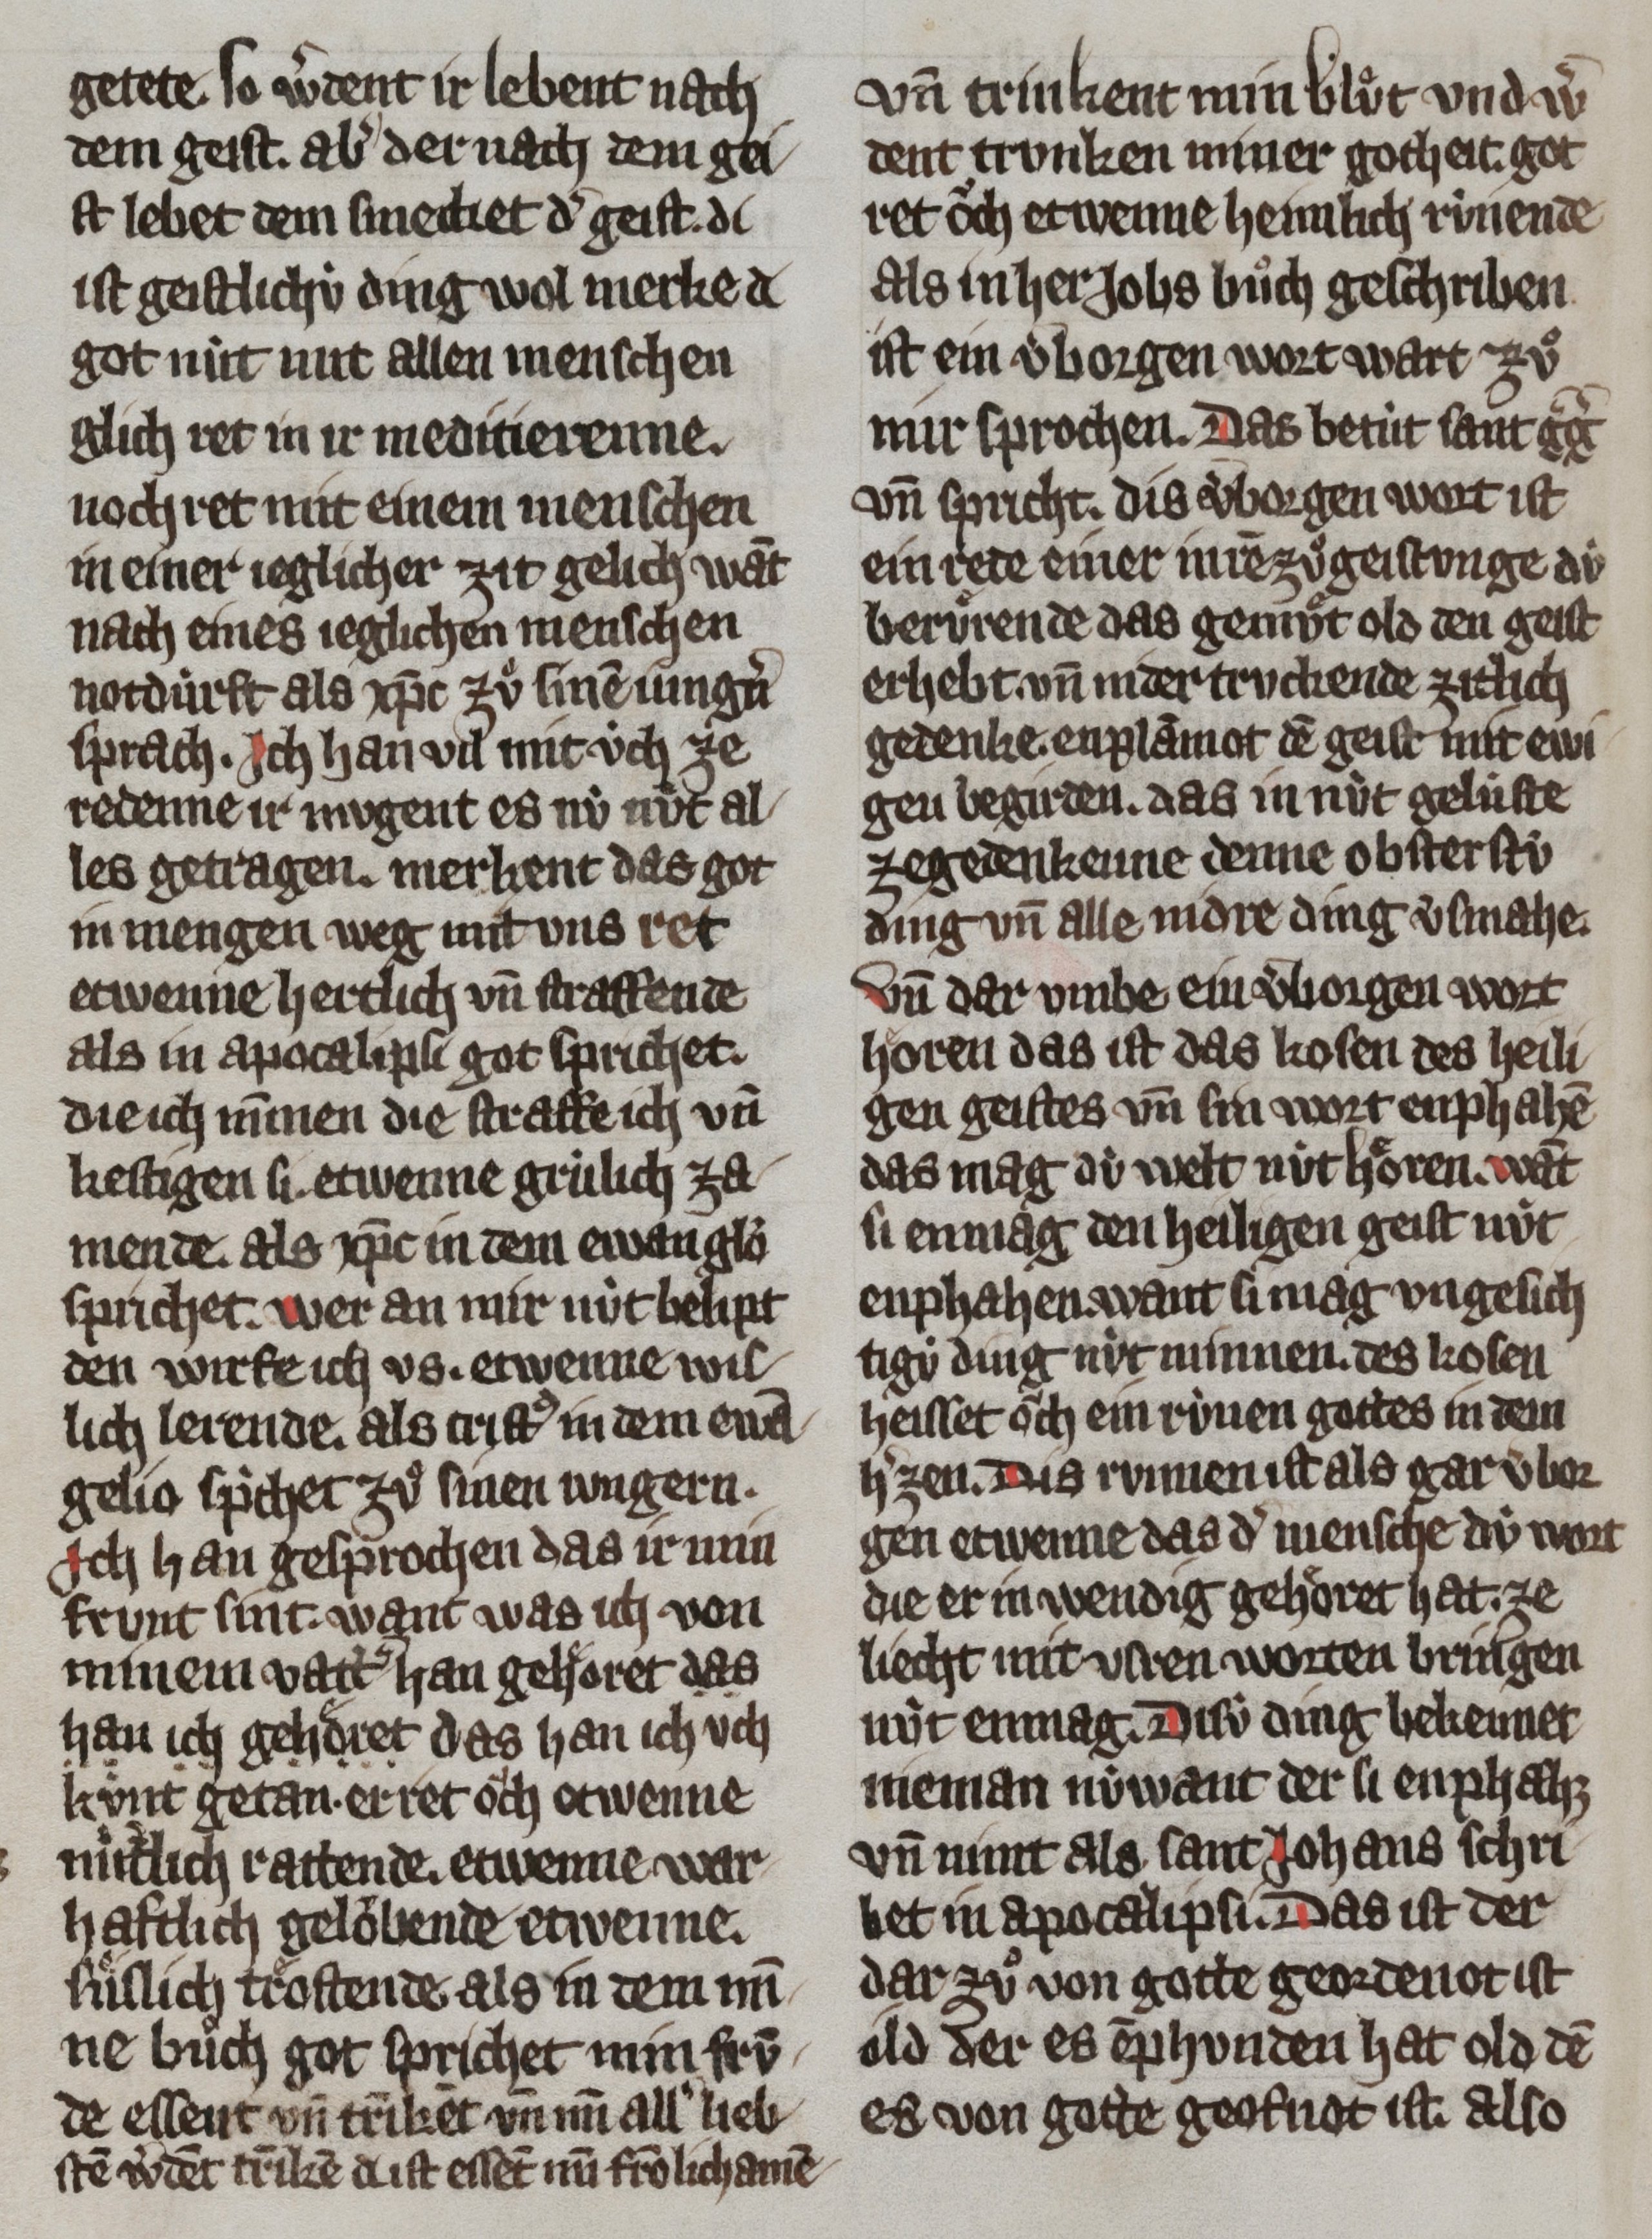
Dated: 1300–1399